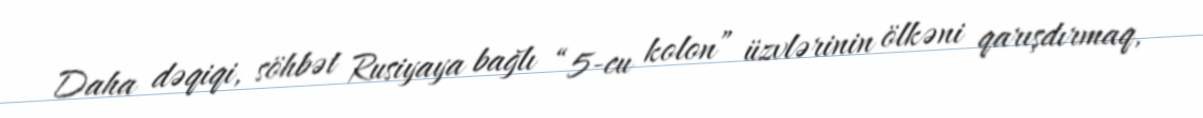
Daha dəqiqi, söhbət Rusiyaya bağlı “5-cu kolon” üzvlərinin ölkəni qarışdırmaq,